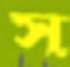
স